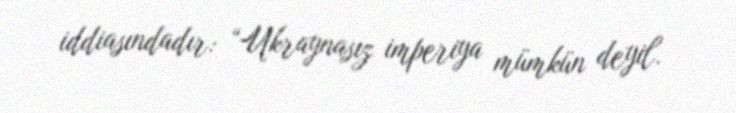
iddiasındadır: “Ukraynasız imperiya mümkün deyil.